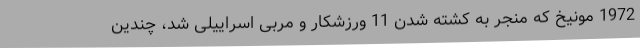
1972 مونیخ که منجر به کشته شدن 11 ورزشکار و مربی اسراییلی شد، چندین